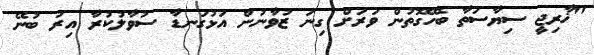
"ޚާރިޖީ ސިޔާސަތާ ބެހޭގޮތުން ވަރަށް ގިނަ ޒުވާނުން އަޅުގަނޑާ ސުވާލުކުރާ އިރު ބުނޭ